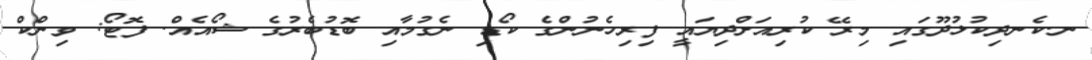
ނ.ކެނދިކުޅުދޫގައި މިރޭ ކުރިއަށްދިޔައީ ފިރިހެނުންގެ ކޯޑި ނެގުމާއި ބޮޑުބެރުގެ ޝޯއެއް. ފޮޓޯ: ވިންކް